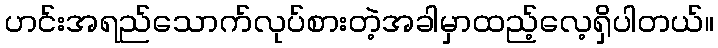
ဟင်းအရည်သောက်လုပ်စားတဲ့အခါမှာထည့်လေ့ရှိပါတယ်။